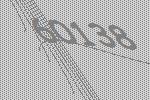
60138